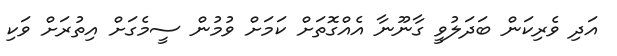
އަދި ވެރިކަން ބަދަލުވީ ގާނޫނާ އެއްގޮތަށް ކަމަށް ވުމުން ސީމެގަށް އިތުރަށް ވަކި